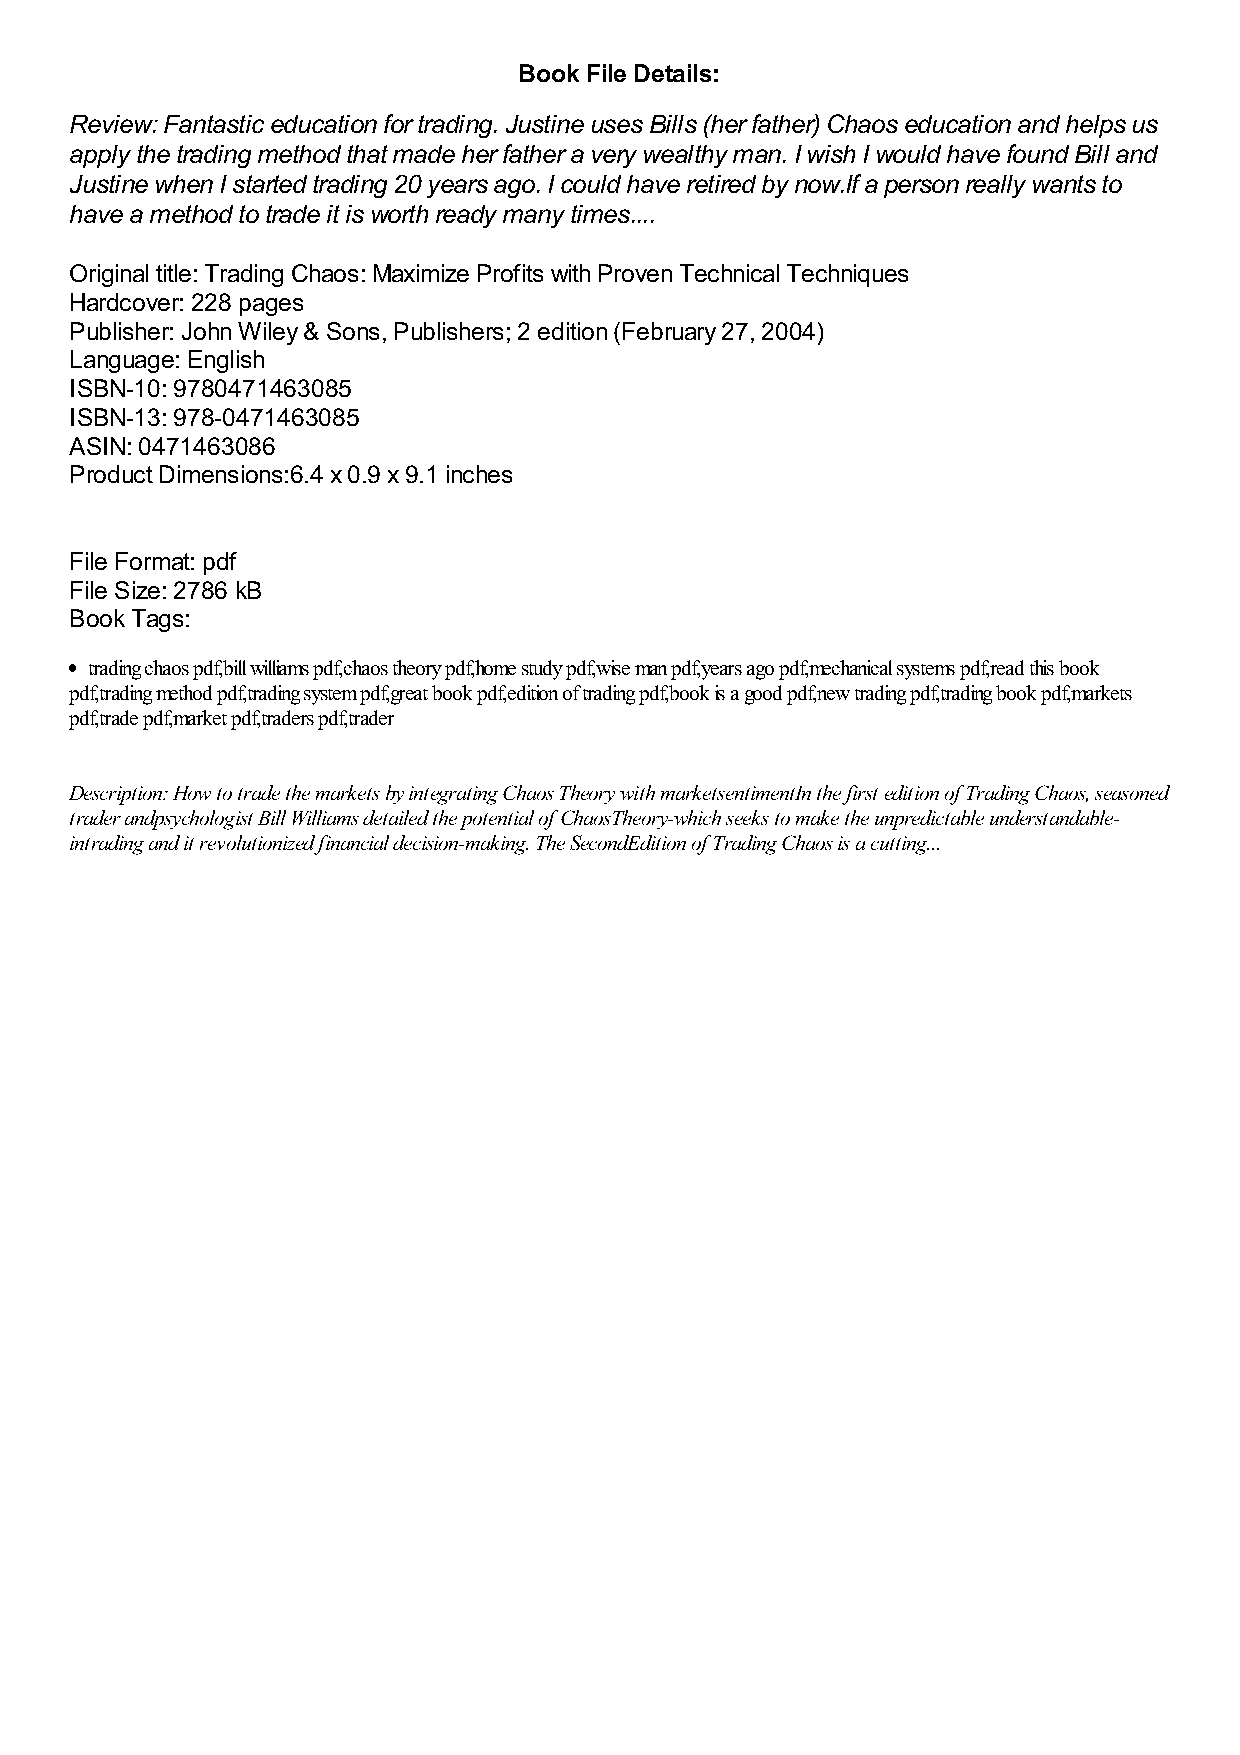
Book File Details:
 Review: Fantastic education for trading. Justine uses Bills (her father) Chaos education and helps us
 apply the trading method that made her father a very wealthy man. I wish I would have found Bill and
 Justine when I started trading 20 years ago. I could have retired by now.If a person really wants to
 have a method to trade it is worth ready many times....
 Original title: Trading Chaos: Maximize Profits with Proven Technical Techniques
 Hardcover: 228 pages
 Publisher: John Wiley & Sons, Publishers; 2 edition (February 27, 2004)
 Language: English
 ISBN-10: 9780471463085
 ISBN-13: 978-0471463085
 ASIN: 0471463086
 Product Dimensions:6.4 x 0.9 x 9.1 inches
 File Format: pdf
 File Size: 2786 kB
 Book Tags:
 trading chaos pdf,bill williams pdf,chaos theory pdf,home study pdf,wise man pdf,years ago pdf,mechanical systems pdf,read this book
 pdf,trading method pdf,trading system pdf,great book pdf,edition of trading pdf,book is a good pdf,new trading pdf,trading book pdf,markets
 pdf,trade pdf,market pdf,traders pdf,trader
 Description: How to trade the markets by integrating Chaos Theory with marketsentimentIn the first edition of Trading Chaos, seasoned
 trader andpsychologist Bill Williams detailed the potential of ChaosTheory-which seeks to make the unpredictable understandable-
 intrading and it revolutionized financial decision-making. The SecondEdition of Trading Chaos is a cutting...